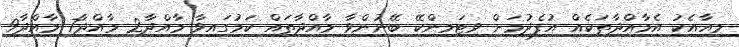
މިއާއެކު އެމާއްދާތަކެއް އުފެދުމަށް ވިޓަމިންކޭ ބޭނުންވާ މާއްދާތައް ކަމުގައިވާ މާއްދާ2 މާއްދާ7 މާއްދާ9